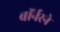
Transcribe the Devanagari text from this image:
वॉर्नरने